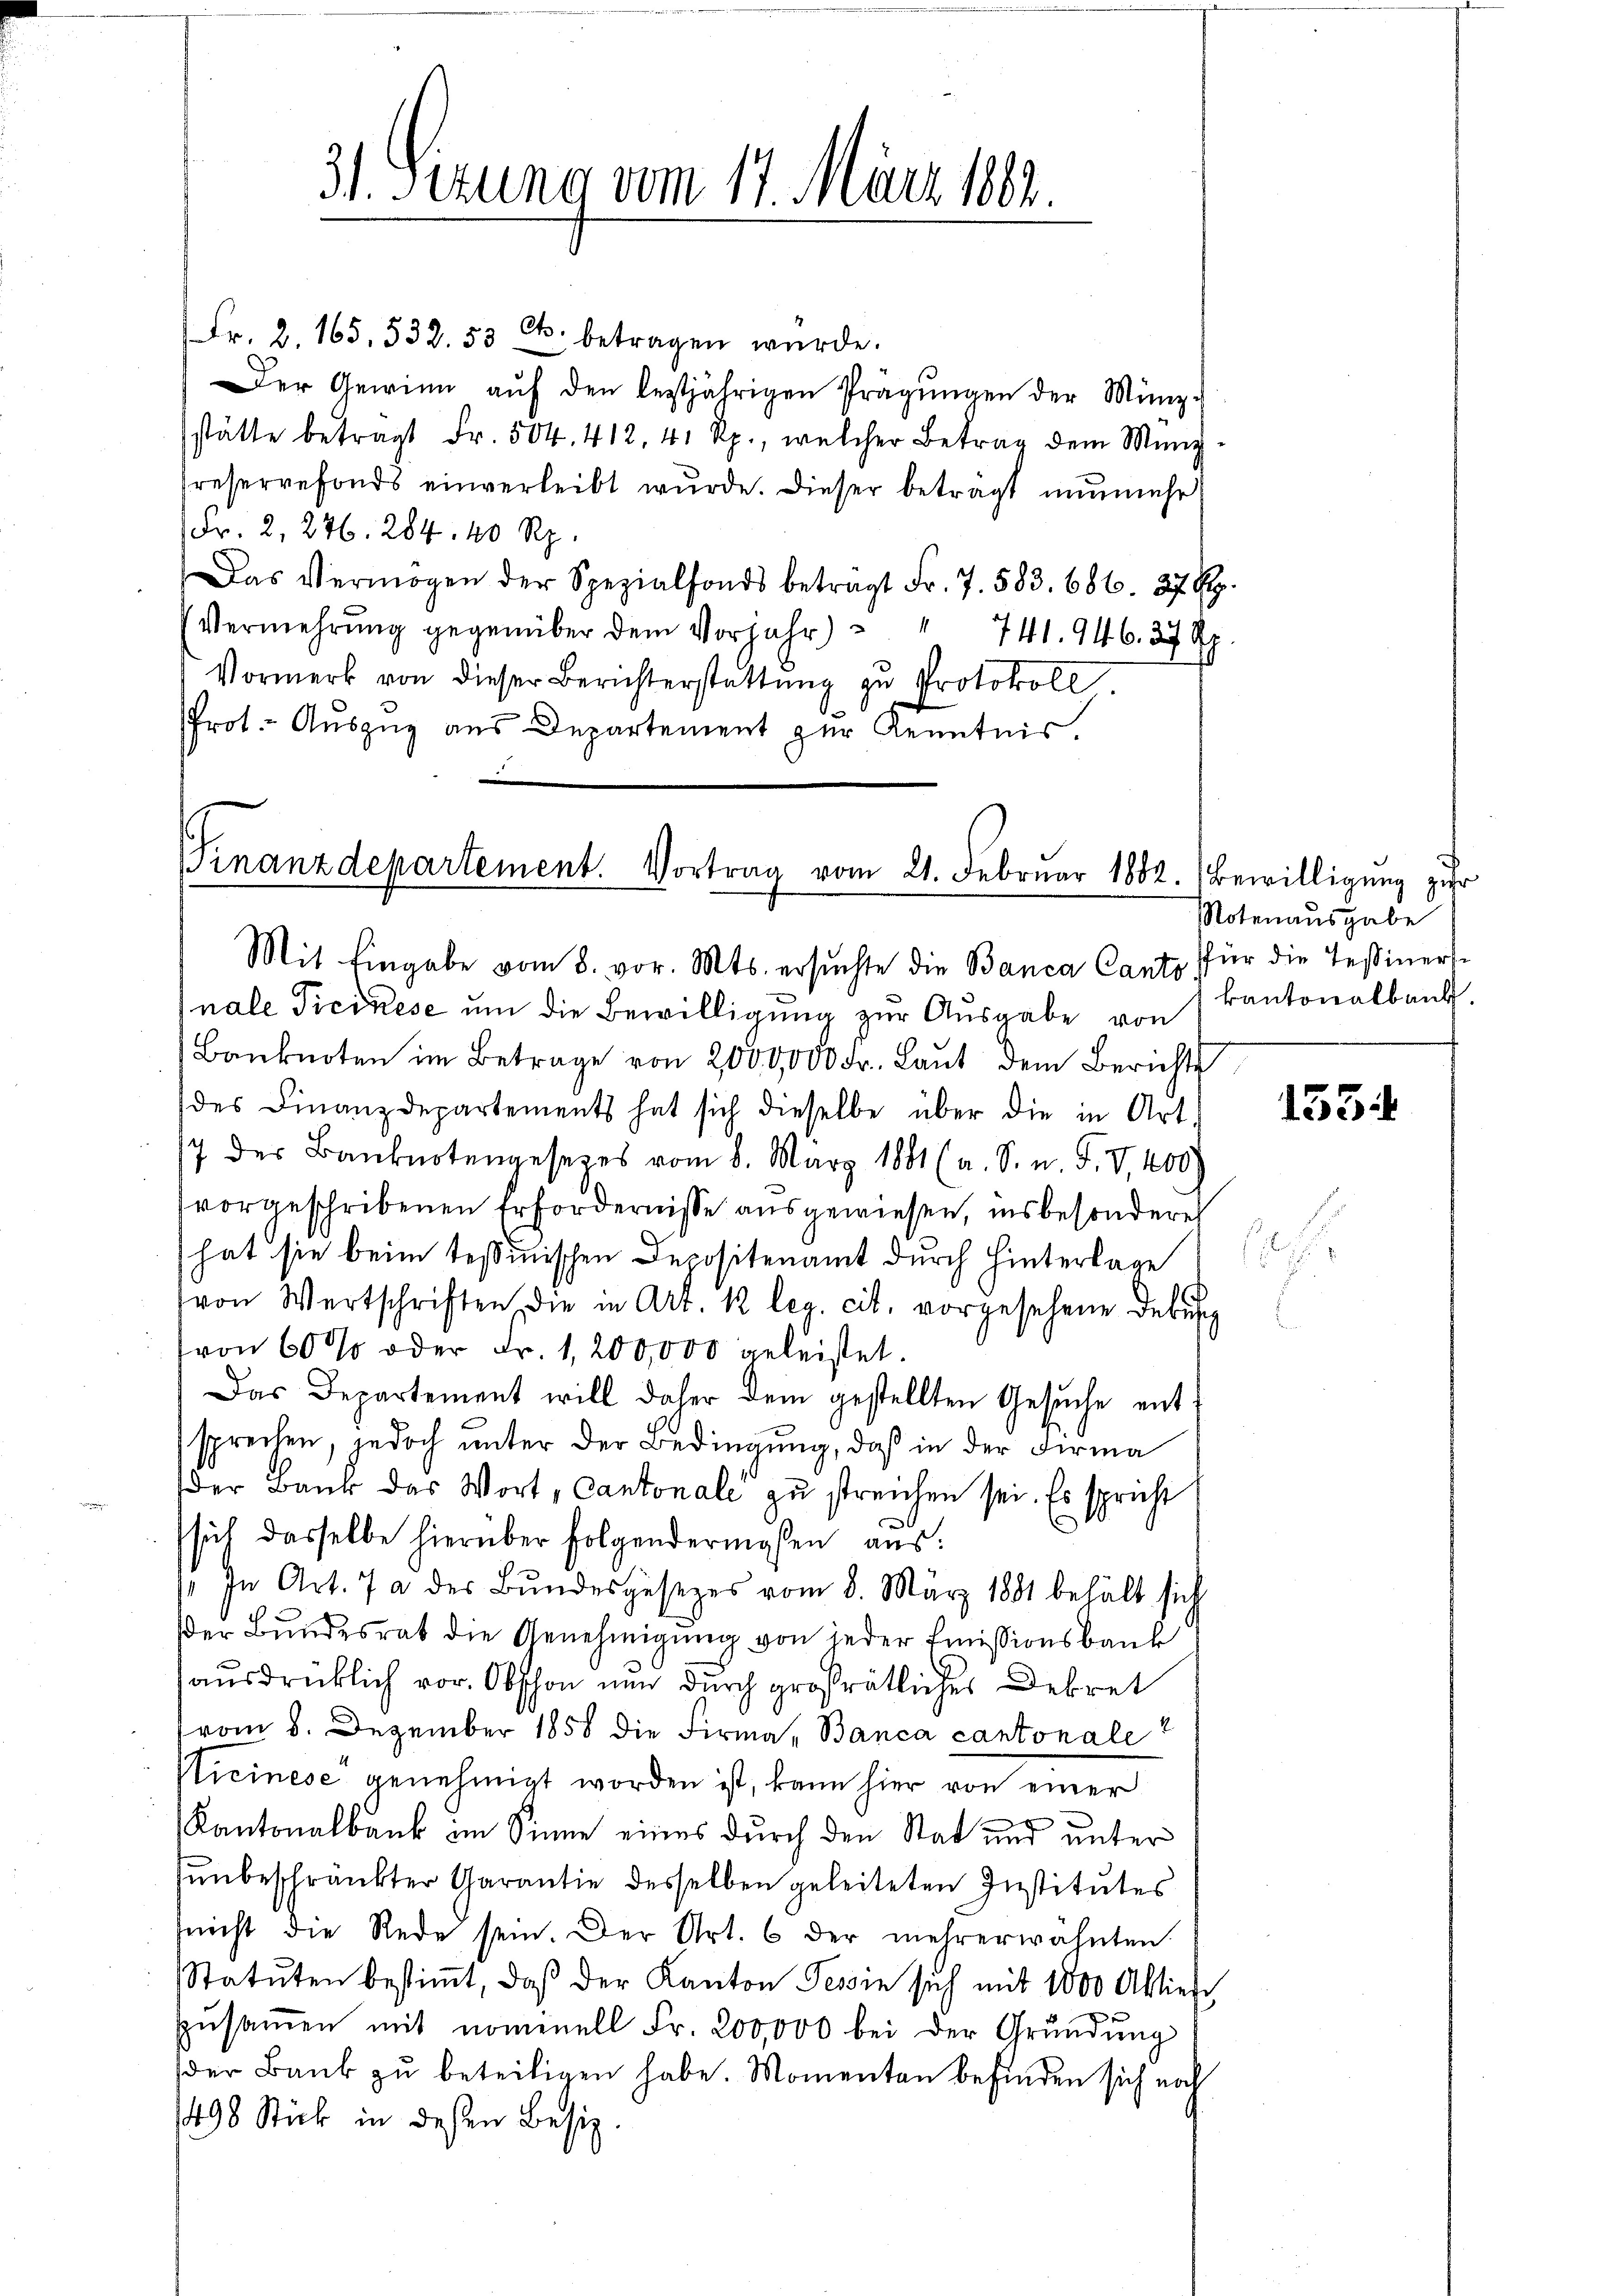
31. Sizung vom 17. März 182.

Fr. 2. 165, 532. 53 Cts. betragen wurde.
Der Gewinn aŭf den leztjährigen Prägungen der Münz-
stätte betragt Fr. 504. 412, 41 Rp., welcher Betrag dem Münz-
reservefonds einverleibt wŭrde. Dieser beträgt nŭnmehr
(Fr. 2, 246. 284. 40 Rp.
Das Vermögen der Spezialfonds betragt Fr. 7. 583. 686. 27. Btz.
Vermehrŭng gegenüber dem Vorjahr) " " 741. 946. 27 Rp.
Vormerk von dieser Berichterstattŭng zu Protokoll
Prot. - Auszug aus Departement zur Kenntnis.

Finanzdepartement. Vortrag vom 21. Februar 1882. Bewilligŭng zŭr
Mit Eingabe vom 8. vor. Mts. ersŭchte die Banca Canto für die Teßiners¬

nale Ticinese um die Bewilligung zur Ausgabe von
Banknoten im Betrage von 2000,000 Fr. Laŭt dem Berichts
des Finanzdepartements hat sich dieselbe über die in Art.
7 der Banknotengesetzes vom 8. März 1881 (a. S. n. F. V, 400
vorgeschribenen Erfordernisse ausgewiesen, insbesondere
hat sie beim Tessinischen Depositenamt durch Hinterlage
von Wertschriften die in Art. k leg. cit. vorgesehene debus
von 60 % oder Fr. 1,200,000 geleistet.
Das Departement will daher dem gestellten Gesŭche ent
sprechen, jedoch unter der Bedingung, daß in der Firma
der Bank des Wort, Cantonale zu streichen sei. Es spricht
sich dasselbe hierüber folgendermassen aus:
 In Art. 7 a der Bŭndesgesezes vom 8. März 1881 behält sich
der Bundesrat die Genehmigung von jeder Emissionsbank
ausdrücklich vor. Obschon nun durch großrätliches Dekret
vom 8. Dezember 1858 die Firma, Banca cantonale
Ticinese genehmigt worden ist, kann hier von einer
Kantonalbank im Sinne eines durch den Stat und unter
sunbeschränkter Garantie desselben geleiteten Institutes
(nicht die Rede sein. Der Art. 6 der mehrerwähnten
Statuten bestiṁt, daβ der Kanton Tessin sich mit 18000 Aktiere
zŭsaṁen mit nominell Fr. 200,000 bei der Grŭndŭng
der Baŭb zŭ beteiligen habe. Momenten befinden sich noch
1498 Stick in dessen Besiz.

Notenausgabe
kantonalbank.

153